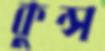
কুন্স